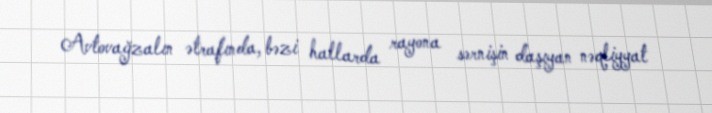
Avtovağzalın ətrafında, bəzi hallarda rayona sərnişin daşıyan nəqliyyat